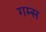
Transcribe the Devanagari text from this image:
गम्स